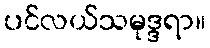
ပင်လယ်သမုဒ္ဒရာ။